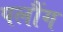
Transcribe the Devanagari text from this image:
पलौंग